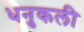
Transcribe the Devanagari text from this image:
धनुकली